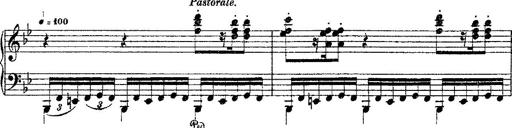
Title: Fantaisie romantique sur deux mÃ©lodies suisses
Composer: Franz Liszt